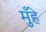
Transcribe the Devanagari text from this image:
मुँहे